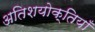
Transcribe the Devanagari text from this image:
अतिशयोक्तियाँ